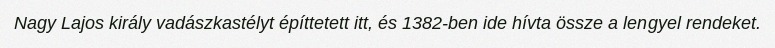
Nagy Lajos király vadászkastélyt építtetett itt, és 1382-ben ide hívta össze a lengyel rendeket.